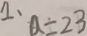
1 、 a = 2 3